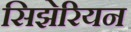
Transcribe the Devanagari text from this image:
सिझेरियन